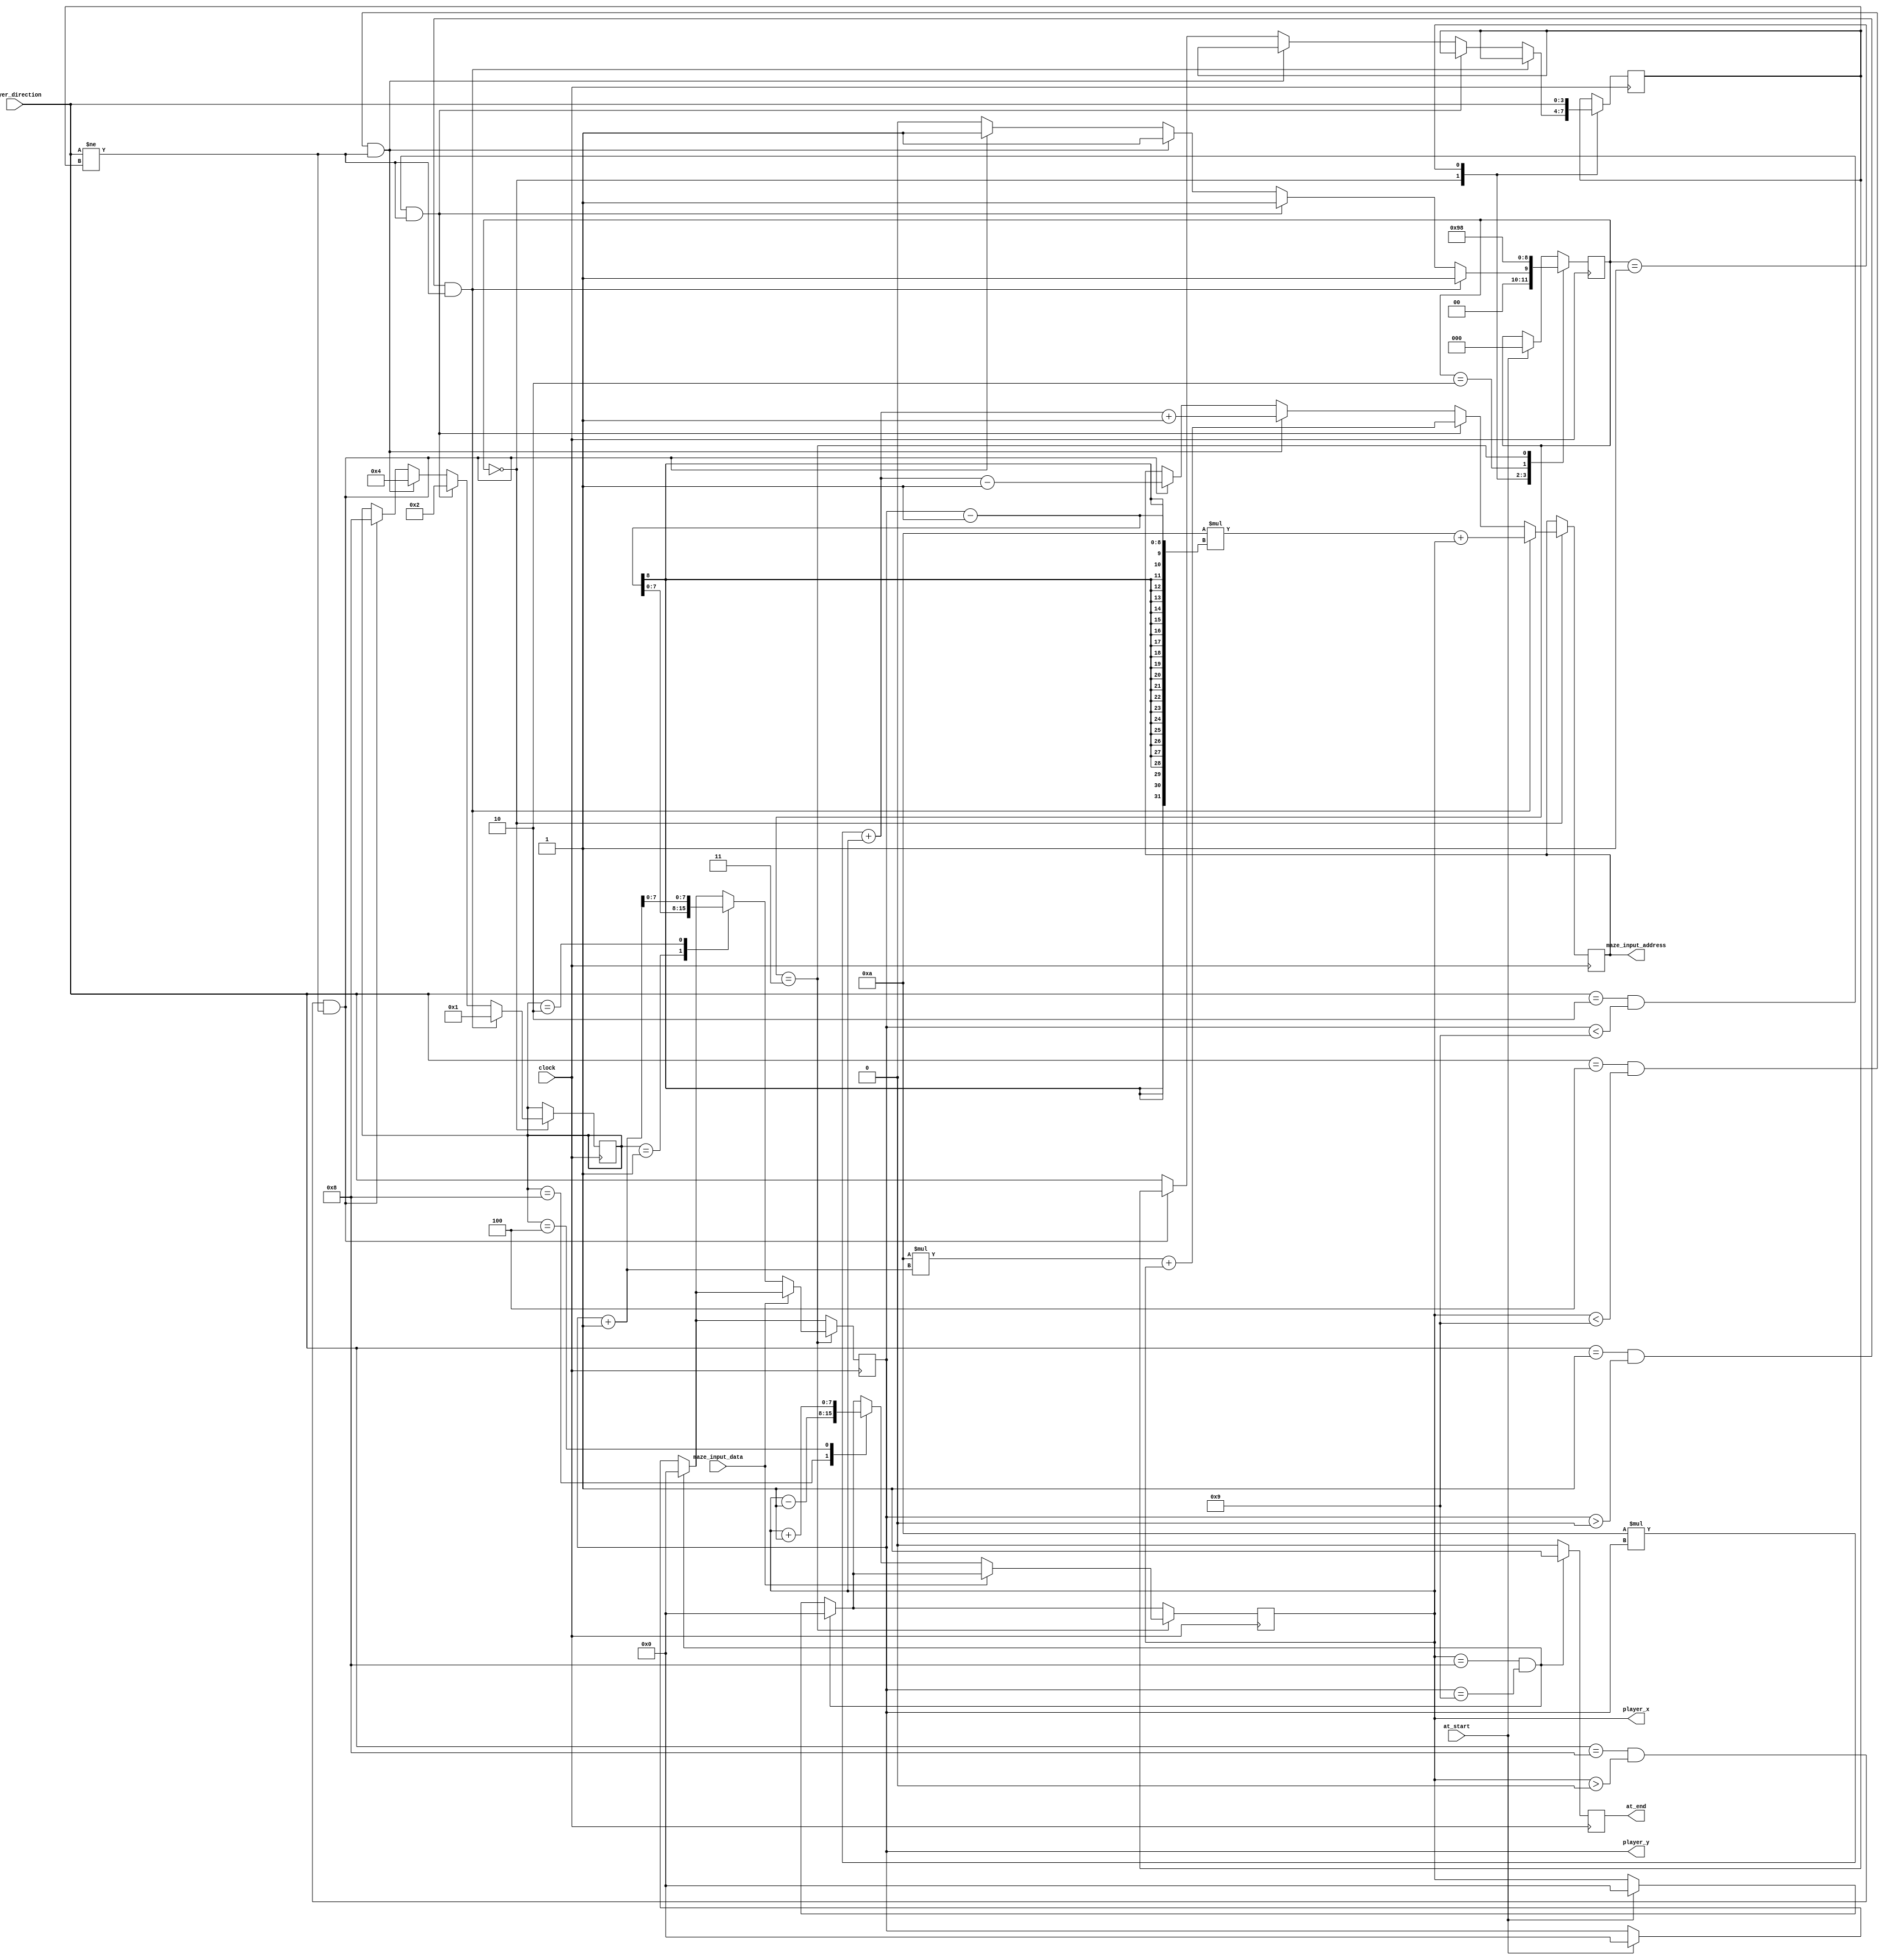
module Maze_Input # (
	parameter WIDTH = 10,
	parameter HEIGHT = 10
)(
	input 			clock, // Clock signal
	input	[3	:0]	player_direction, // The player's direction input
	input			at_start, // Sets the player's position to be (0,0) when this is high
	input			maze_input_data, // Data from the maze's RAM module at address 'maze_input_address'

	output	[7	:0]	player_x, // The player's current x position
	output	[7	:0]	player_y, // The players current y position
	output	[10	:0]	maze_input_address, // The address in the maze RAM to request data from
	output			at_end // Set high when the player reaches the exit tile
);
	// Localparams used by the state machine
	localparam A = 3'b000;
	localparam B = 3'b001;
	localparam C = 3'b010;
	localparam D = 3'b011;
	localparam E = 3'b100;
	localparam F = 3'b101;
	
	reg [2:0]	state;
	
	// Localparams used to determine the direction
	localparam UP 		= 4'b0001;
	localparam DOWN 	= 4'b0010;
	localparam RIGHT	= 4'b0100;
	localparam LEFT		= 4'b1000;
	
	// Localparams used to interpret tile information from the maze RAM
	localparam FLOOR	= 1'b0;
	localparam WALL 	= 1'b1;
	
	reg	[3:0]	prev_direction;
	reg	[3:0] 	requested_direction;
	
	reg 	[7	:0]	x_reg; // Stores the x position of the player
	reg	[7	:0]	y_reg; // Stores the y position of the player
	
	reg	[10	:0]	maze_input_address_reg;
	
	reg			end_reg;
	
	
	always @(posedge clock) begin
		// Reset the player
		if (at_start == 1'b1) begin
			x_reg <= 8'd0;
			y_reg <= 8'd0;
			end_reg <= 1'b0;
			state <= A; // Reset state machine
		end
		
		// Check if the player is at the exit
		if (((player_x == WIDTH - 1 && (WIDTH - 1) % 2 == 0) || (player_x == WIDTH - 2 && (WIDTH - 2) % 2 == 0))  && player_y == HEIGHT - 1) begin
			end_reg <= 1'b1;
			x_reg <= 8'd0;
			y_reg <= 8'd0;
		end
		/*
		// TESTING ONLY
		else if (player_x == WIDTH - 1 && player_y == 0) begin
			end_reg <= 1'b1;
			x_reg <= 8'd0;
			y_reg <= 8'd0;
		end 
		*/
		else begin
			end_reg <= 1'b0;
		end
		
		case(state)	
			// Check if a direction has been pressed
			// If direction pressed, check if the player is in bounds and then request relevant tile data
			A : begin
				if (player_direction == UP && player_y > 8'h00 && player_direction != prev_direction) begin
					// Request the maze's tile in the up direction
					maze_input_address_reg <= (WIDTH * (player_y - 1)) + player_x;
					requested_direction <= UP;
					state <= B; // Next state
				end else if (player_direction == DOWN && player_y < HEIGHT - 1 && player_direction != prev_direction) begin
					// Request the maze's tile in the down direction
					maze_input_address_reg <= (WIDTH * (player_y + 1)) + player_x;
					requested_direction <= DOWN;
					state <= B; // Next state
				end else if (player_direction == RIGHT && player_x < WIDTH - 1 && player_direction != prev_direction) begin
					// Request the maze's tile in the right direction
					maze_input_address_reg <= (WIDTH * player_y) + player_x + 1;
					requested_direction <= RIGHT;
					state <= B; // Next state
				end else if (player_direction == LEFT && player_x > 8'h00 && player_direction != prev_direction) begin
					// Request the maze's tile in the left direction
					maze_input_address_reg <= (WIDTH * player_y) + player_x - 1;
					requested_direction <= LEFT;
					state <= B; // Next state
				end else begin
					prev_direction <= player_direction;
					state <= A; // Next state
				end
			end
			
			// Wait
			B : begin
				prev_direction <= player_direction;
				state <= C; // Next state
			end
			
			// Wait
			C : begin
				state <= D; // Next state
			end
			
			// Move player to new location if possible
			D : begin
				// If the tile requested is a floor, the player can move to it
				// Else do nothing
				if (maze_input_data == FLOOR) begin
					case (requested_direction) 
						UP : begin
							y_reg <= player_y - 1;
						end
						
						DOWN : begin
							y_reg <= player_y + 1;
						end
						
						LEFT : begin
							x_reg <= player_x - 1;
						end
						
						RIGHT : begin
							x_reg <= player_x + 1;
						end
					endcase
				end
				
				state <= A; // Next state
			end
		endcase
	end
	
	assign maze_input_address = maze_input_address_reg;
	
	assign player_x = x_reg;
	assign player_y = y_reg;
	
	assign at_end = end_reg;
	
endmodule